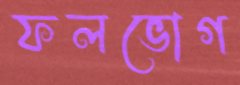
ফলভোগ